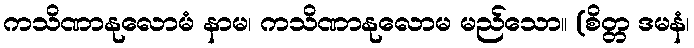
ကသိဏာနုလောမံ နာမ၊ ကသိဏာနုလောမ မည်သော။ (စိတ္တ ဒမနံ၊